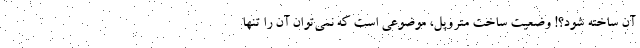
آن ساخته شود؟! وضعیت ساخت متروپل، موضوعی است که نمی‌توان آن را تنها